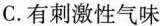
C.有刺激性气味